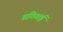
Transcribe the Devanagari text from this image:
सठियाई